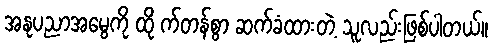
အနုပညာအမွေကို ထို က်တန်စွာ ဆက်ခံထားတဲ့ သူလည်းဖြစ်ပါတယ်။